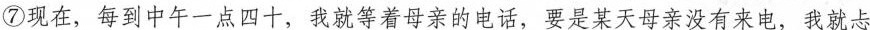
⑦现在，每到中午一点四十，我就等着母亲的电话，要是某天母亲没有来电，我就忐